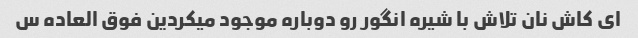
ای کاش نان تلاش با شیره انگور رو دوباره موجود میکردین فوق العاده س